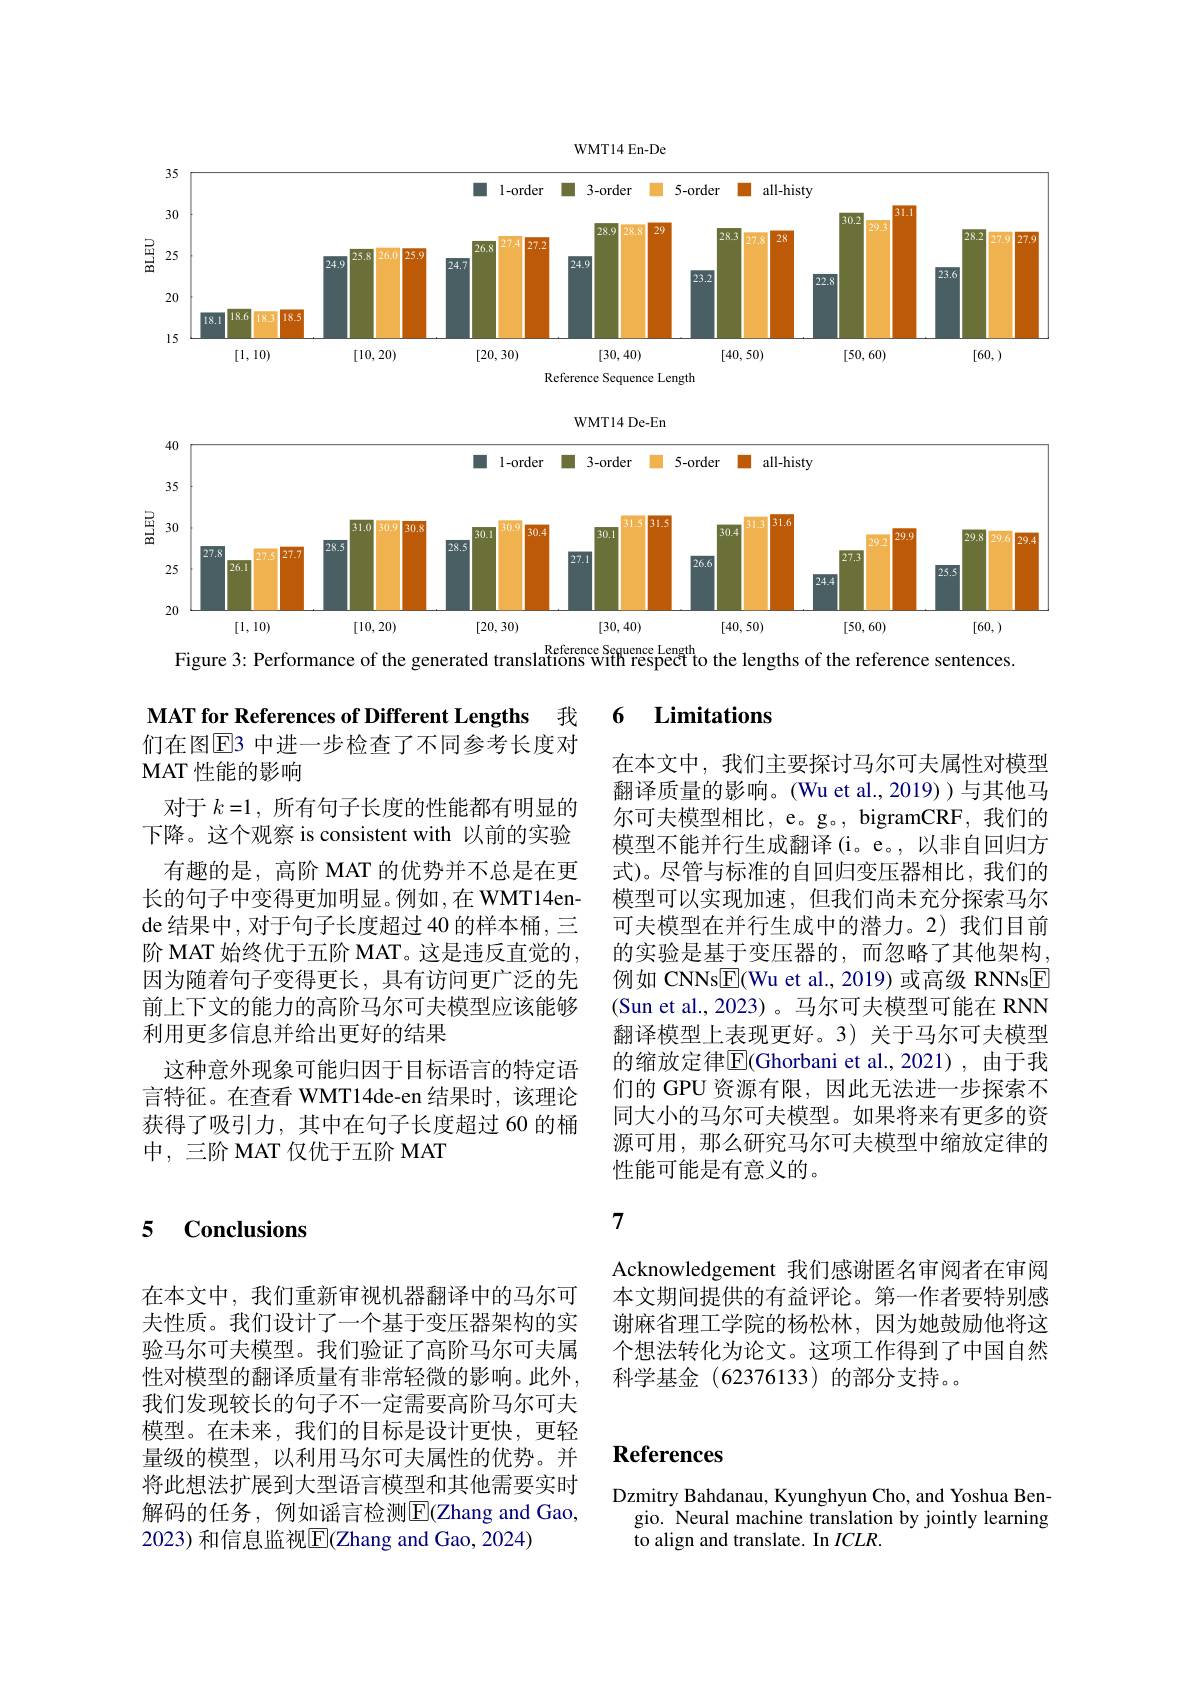
<FigureHere>

WMT14 De-En

<FigureHere>
Figure 3: Performance of the generated translations wifh respecf to the lengths of the reference sentences.

### 5 Conclusions

在本文中，我们重新审视机器翻译中的马尔可夫性质。我们设计了一个基于变压器架构的实验马尔可夫模型。我们验证了高阶马尔可夫属性对模型的翻译质量有非常轻微的影响。此外， 我们发现较长的句子不一定需要高阶马尔可夫模型。在未来，我们的目标是设计更快，更轻量级的模型，以利用马尔可夫属性的优势。并将此想法扩展到大型语言模型和其他需要实时解码的任务，例如谣言检测$\overline{\mathrm{E}}($Zhang and Gao, 2023) 和信息监视$\overline{\mathrm{E}}$(Zhang and Gao, 2024)

MAT for References of Different Lengths 我们在图$\overline{\mathrm{E}}$3 中进一步检查了不同参考长度对MAT 性能的影响

对于$k=1$,所有句子长度的性能都有明显的下降。这个观察 is consistent with 以前的实验有趣的是，高阶 MAT 的优势并不总是在更
长的句子中变得更加明显。例如，在 WMT14ende 结果中，对于句子长度超过 40 的样本桶，三阶 MAT 始终优于五阶 MAT。这是违反直觉的， 因为随着句子变得更长，具有访问更广泛的先前上下文的能力的高阶马尔可夫模型应该能够利用更多信息并给出更好的结果
这种意外现象可能归因于目标语言的特定语言特征。在查看 WMT14de-en 结果时，该理论获得了吸引力，其中在句子长度超过 60 的桶中，三阶 MAT 仅优于五阶 MAT

### 6 $\textbf{Limitations}$

在本文中，我们主要探讨马尔可夫属性对模型翻译质量的影响。(Wu et al., 2019) )与其他马尔可夫模型相比，e。g。, bigramCRF,我们的模型不能并行生成翻译(i。e。,以非自回归方式)。尽管与标准的自回归变压器相比，我们的模型可以实现加速，但我们尚未充分探索马尔可夫模型在并行生成中的潜力。2)我们目前的实验是基于变压器的，而忽略了其他架构例如 CNNs$\boxed{\mathrm{F}}($Wu et al.,2019)或高级 RNNsE (Sun et al., 2023)。马尔可夫模型可能在 RNN 翻译模型上表现更好。3) 关于马尔可夫模型的缩放定律$\overline{\mathrm{E}}($Ghorbani et al.,2021),由于我们的 GPU 资源有限，因此无法进一步探索不同大小的马尔可夫模型。如果将来有更多的资源可用，那么研究马尔可夫模型中缩放定律的性能可能是有意义的。

7

Acknowledgement 我们感谢匿名审阅者在审阅本文期间提供的有益评论。第一作者要特别感谢麻省理工学院的杨松林，因为她鼓励他将这个想法转化为论文。这项工作得到了中国自然科学基金(62376133)的部分支持。

# References

Dzmitry Bahdanau, Kyunghyun Cho, and Yoshua Ben-
gio. Neural machine translation by jointly learning
to align and translate. In $ICLR.$